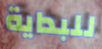
للبداية